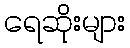
ရေဆိုးများ